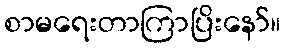
စာမရေးတာကြာပြိးနော်။